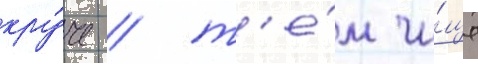
кру́че / т'е́м чи́ще